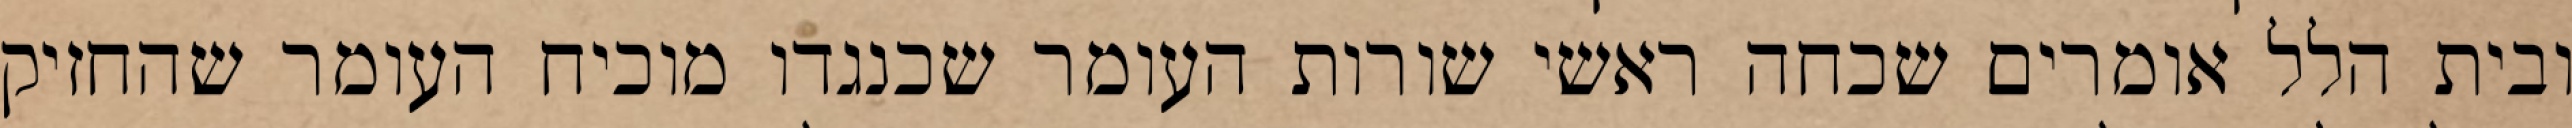
ובית הלל אומרים שכחה ראשי שורות העומר שכנגדו מוכיח העומר שהחזיק